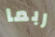
ربما